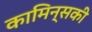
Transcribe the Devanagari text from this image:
कामिन्सकी